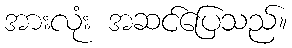
အားလုံး အဆင်ပြေသည်။